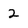
Character: 2